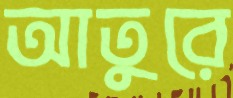
আতুরে